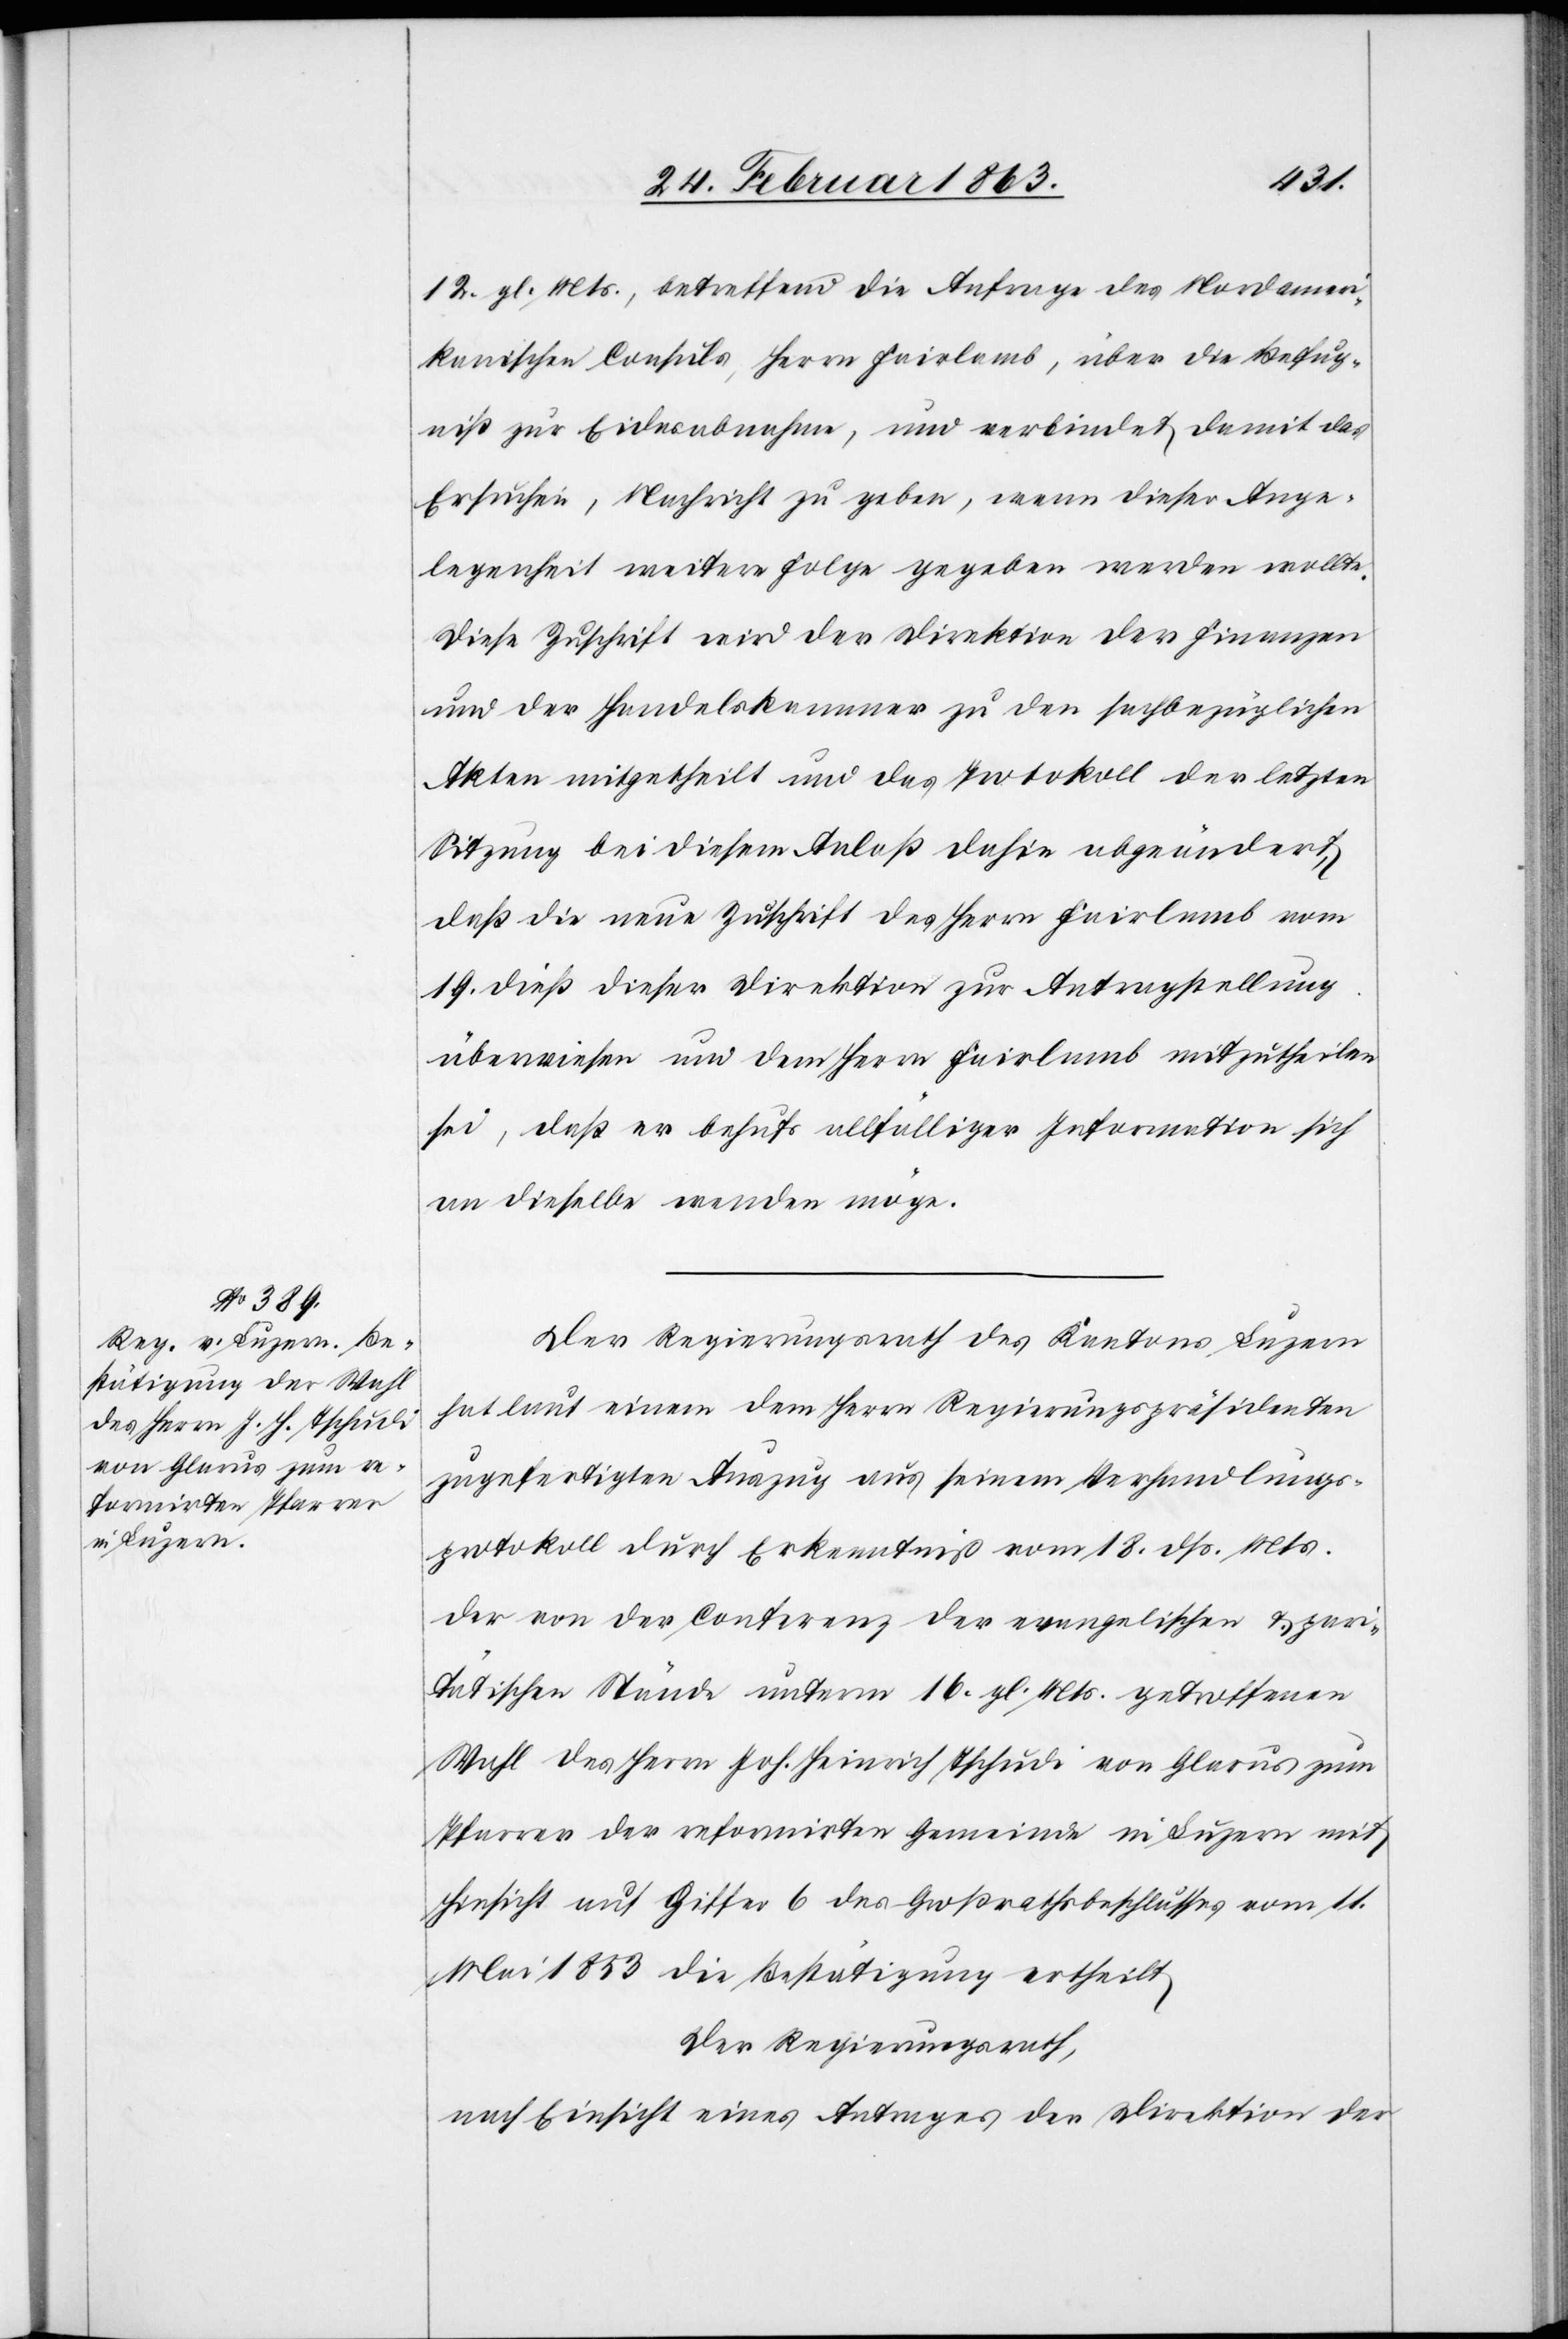
12. gl. Mts., betreffend die Anfrage des Nordameri¬
kanischen Consuls, Herrn Fairlamb, über die Befug¬
niß zur Eidesabnahme, und verbindet damit das
Ersuchen, Nachricht zu geben, wenn dieser Ange¬
legenheit weitere Folge gegeben werden wollte.
Diese Zuschrift wird der Direktion der Finanzen
und der Handelskammer zu den sachbezüglichen
Akten mitgetheilt und das Protokoll der letzten
Sitzung bei diesem Anlaß dahin abgeändert,
daß die neue Zuschrift des Herrn Fairlamb vom
19. dieß dieser Direktion zur Antragstellung
überwiesen und dem Herrn Fairlamb mitzutheilen
sei, daß er behufs allfälliger Information sich
an dieselbe wenden möge.
Der Regierungsrath des Kantons Luzern
hat laut einem dem Herrn Regierungspräsidenten
zugefertigten Auszug aus seinem Verhandlungs¬
protokoll durch Erkenntniß vom 18. dß. Mts.
der von der Conferenz der evangelischen & pari¬
tätischen Stände unterm 16. gl. Mts. getroffenen
Wahl des Herrn Joh. Heinrich Tschudi von Glarus zum
Pfarrer der reformirten Gemeinde in Luzern mit
Hinsicht auf Ziffer 6 des Großrathsbeschlusses vom 11.
Mai 1853 die Bestätigung ertheilt
Der Regierungsrath,
nach Einsicht eines Antrages der Direktion der